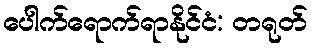
ပေါက်ရောက်ရာနိုင်ငံ: တရုတ်